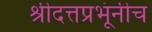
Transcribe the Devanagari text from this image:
श्रीदत्तप्रभूंनीच